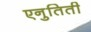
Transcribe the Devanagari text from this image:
एनुतिती